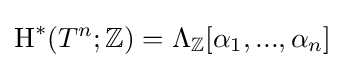
\operatorname {H} ^{*}(T^{n};\mathbb {Z} )=\Lambda _{\mathbb {Z} }[\alpha _{1},...,\alpha _{n}]